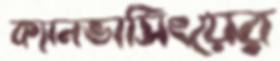
ক্যানভাসিংয়ের